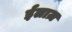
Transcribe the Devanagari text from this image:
ईलाज़